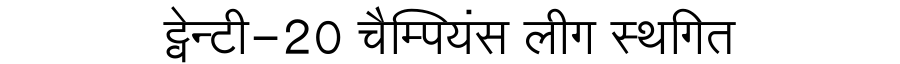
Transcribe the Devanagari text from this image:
ट्वेन्टी-20 चैम्पियंस लीग स्थगित